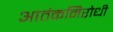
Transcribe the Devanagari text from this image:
आतंकनिरोधी